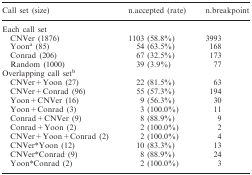
| Call set (size) | n.accepted (rate) | n.breakpoint |
 | --- | --- | --- |
 | <COLSPAN=3> Each call set |
 | CNVer (1876) | 1103 (58.8%) | 3993 |
 | Yoona (85) | 54 (63.5%) | 168 |
 | Conrad (206) | 67 (32.5%) | 173 |
 | Random (1000) | 39 (3.9%) | 77 |
 | <COLSPAN=3> Overlapping call setb |
 | CNVer + Yoon (27) | 22 (81.5%) | 63 |
 | CNVer + Conrad (96) | 55 (57.3%) | 194 |
 | Yoon + CNVer (16) | 9 (56.3%) | 30 |
 | Yoon + Conrad (3) | 3 (100.0%) | 11 |
 | Conrad + CNVer (9) | 8 (88.9%) | 9 |
 | Conrad + Yoon (2) | 2 (100.0%) | 2 |
 | CNVer + Yoon + Conrad (2) | 2 (100.0%) | 4 |
 | CNVer*Yoon (12) | 10 (83.3%) | 13 |
 | CNVer*Conrad (9) | 8 (88.9%) | 24 |
 | Yoon*Conrad (2) | 2 (100.0%) | 3 |